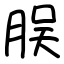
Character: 脵